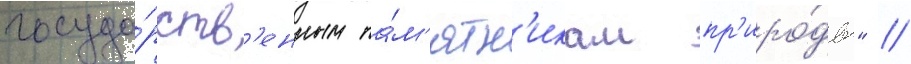
госуда́рств'енным па́м'ятн'икам пр'иро́ды" //